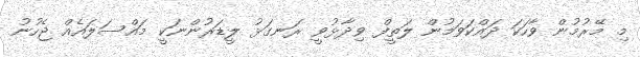
މި މޭރުމުން ވާހަކަ ދައްކަވަމުން ލަތީފް ވިދާޅުވީ ރަނގަޅު ލީޑަރުންނަކީ މައްސަލައެއް ޖެހުނު